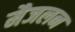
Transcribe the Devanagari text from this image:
मैजलन